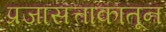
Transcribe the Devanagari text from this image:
प्रजासत्ताकातून